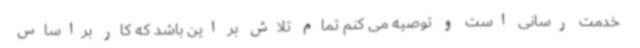
خدمت رسانی است و توصیه می کنم تمام تلاش بر این باشد که کار براساس